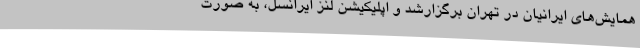
همایش‌های ایرانیان در تهران برگزارشد و اپلیکیشن لنز ایرانسل، به صورت